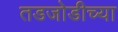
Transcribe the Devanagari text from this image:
तडजोडीच्या